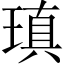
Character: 瑱